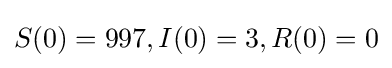
S(0)=997,I(0)=3,R(0)=0